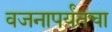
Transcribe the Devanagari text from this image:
वजनापर्यंतचा